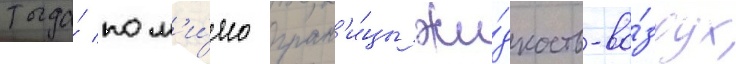
тогда́ пом'и́мо гран'и́цы жи́дкость-во́здух